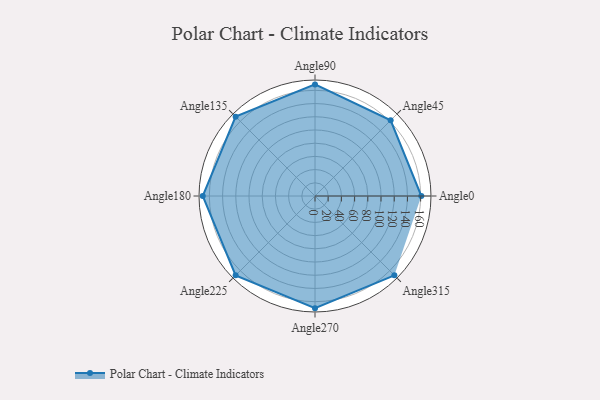
{"axis": {"x": "Angle", "y": "Radius"}, "legend": [""], "data": [{"x": "Angle0", "y": 161.0, "type": ""}, {"x": "Angle45", "y": 162.0, "type": ""}, {"x": "Angle90", "y": 169.0, "type": ""}, {"x": "Angle135", "y": 170, "type": ""}, {"x": "Angle180", "y": 170, "type": ""}, {"x": "Angle225", "y": 170, "type": ""}, {"x": "Angle270", "y": 170, "type": ""}, {"x": "Angle315", "y": 170, "type": ""}]}